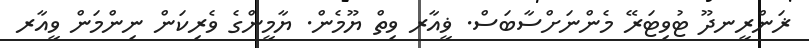
ޜަންރީނދޫ ޓުވިޓަރޭ މެންނަށްސާބަސް. ޥީއާރ ވިތް ޔޫމެން. ޔާމީންގެ ވެރިކަން ނިންމަން ވީއާރ